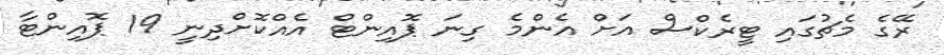
ރޭގެ މެޗުގައި ޓީރެކްސް އަށް އެންމެ ގިނަ ޕޮއިންޓް އެއްކޮށްދިނީ 19 ޕޮއިންޓާ